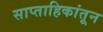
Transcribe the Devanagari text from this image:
साप्ताहिकांतून